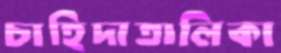
চাহিদাতালিকা